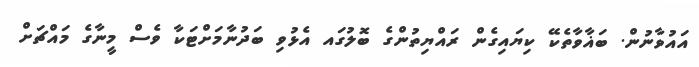
އައުވާނުން. ބަޣާވާތެކޭ ކިޔައިގެން ރައްޔިތުންގެ ބޮލުގައ އެޅުވި ބަދުނާމަށްޓަކާ ވެސް މީނާގެ މައްޗަށް